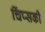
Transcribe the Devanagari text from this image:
चिंप्सकी